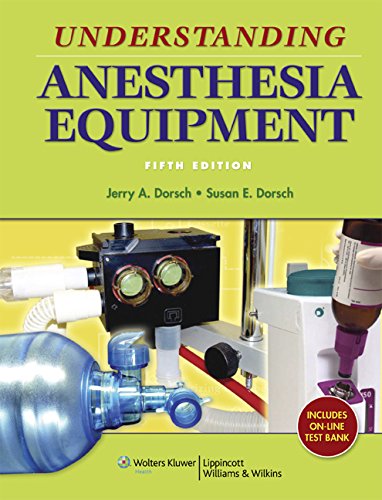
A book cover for Understanding Anesthesia Equipment (Dorsch, Understanding Anesthesia Equipment); Jerry A. Dorsch MD; Medical Books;